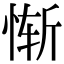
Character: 惭